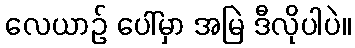
လေယာဉ် ပေါ်မှာ အမြဲ ဒီလိုပါပဲ။